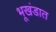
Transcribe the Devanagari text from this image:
भूखंडात